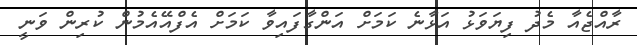
ރާއްޖެއާ މެދު ފިޔަވަޅު އަޅާނެ ކަމަށް އަންގާފައިވާ ކަމަށް އެފްއޭއެމުން ކުރިން ވަނީ